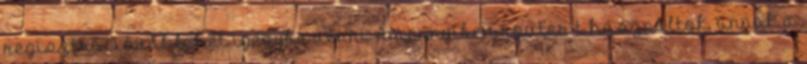
regisztrációval lehet igénybe venni Amennyiben router-t használtok, annak a